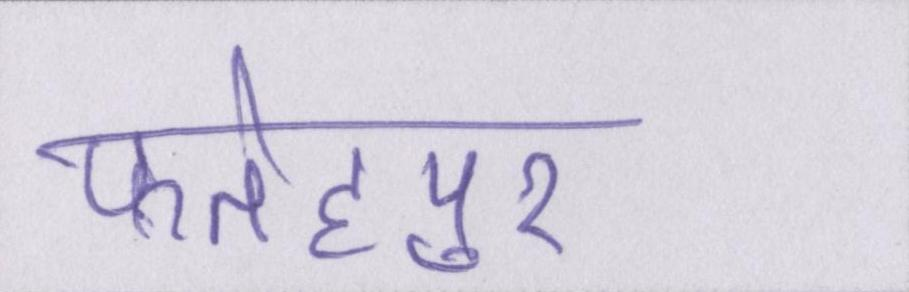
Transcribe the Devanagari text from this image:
फतेहपुर